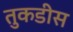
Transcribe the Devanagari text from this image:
तुकडीस